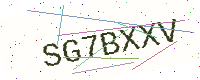
Text: SG7BXXV